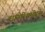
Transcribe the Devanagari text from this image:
लॉगेरिथमोरम